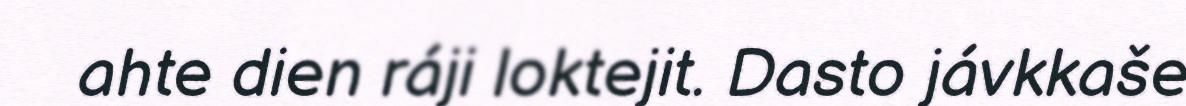
ahte dien ráji loktejit. Dasto jávkkaše